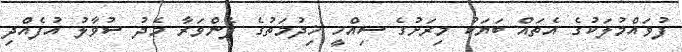
ފުވައްމުލަކުގެ އެތައް ބަޔަކު މިރަށުގެ ސިއްހީ ޚިދުމަތުގެ ފެންވަރާ މެދު ސުވާލު އުފެއްދި